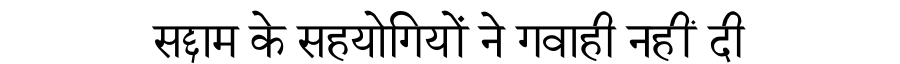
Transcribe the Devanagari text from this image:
सद्दाम के सहयोगियों ने गवाही नहीं दी